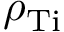
\rho _ { \mathrm { T i } }